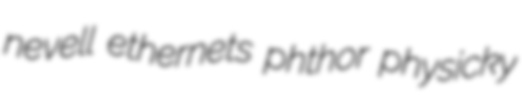
nevell ethernets phthor physicky